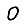
Digit: 0